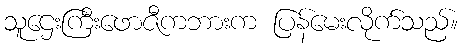
သူဌေးကြီးဖောဇီကဘားက ပြန်မေးလိုက်သည်။